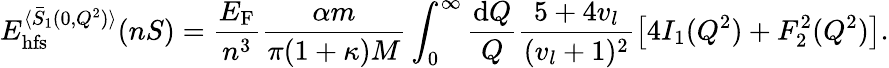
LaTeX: E_{\mathrm{hfs}}^{\langle\bar{S}_{1}(0,Q^{2})\rangle}(nS)=\frac{E_{\mathrm{F}}}{n^{3}}\frac{\alpha m}{\pi(1+\kappa)M}\int_{0}^{\infty}\frac{\mathrm{d}Q}{Q}\frac{5+4v_{l}}{(v_{l}+1)^{2}}\left[4I_{1}(Q^{2})+F_{2}^{2}(Q^{2})\right].